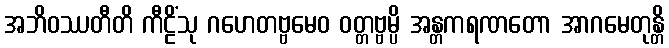
အဘိဝဿတီတိ ကီဠိံသု ဂဟေတဗ္ဗမေဝ ဝတ္တဗ္ဗမ္ပိ အန္တကရဏတော အာဂမေတုန္တိ